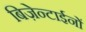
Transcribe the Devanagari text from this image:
बिज़ेन्टाईनों